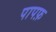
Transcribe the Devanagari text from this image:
पापफ़